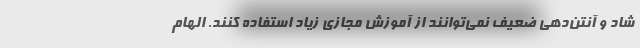
شاد و آنتن‌دهی ضعیف نمی‌توانند از آموزش مجازی زیاد استفاده کنند. الهام